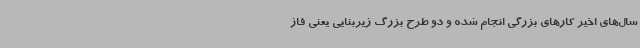
سال‌های اخیر کارهای بزرگی انجام شده و دو طرح بزرگ زیربنایی یعنی فاز